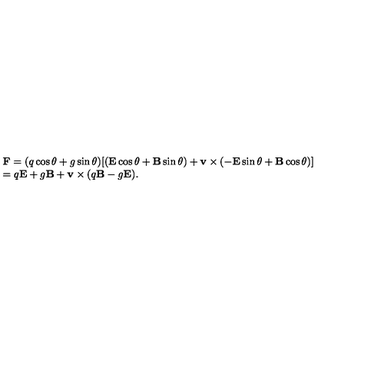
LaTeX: \begin{array} { l } { \mathbf { F } = ( q \cos \theta + g \sin \theta ) [ ( \mathbf { E } \cos \theta + \mathbf { B } \sin \theta ) + \mathbf { v } \times ( - \mathbf { E } \sin \theta + \mathbf { B } \cos \theta ) ] } \\ { = q \mathbf { E } + g \mathbf { B } + \mathbf { v } \times ( q \mathbf { B } - g \mathbf { E } ) . } \\ \end{array}